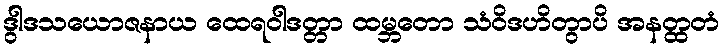
ဒွါဒသယောဇနာယ ထေရဝါဒတ္တာ ထမ္ဘတော သံဝိဒဟိတွာပိ အနတ္ထတံ